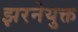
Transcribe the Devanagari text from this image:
झरनेयुक्त